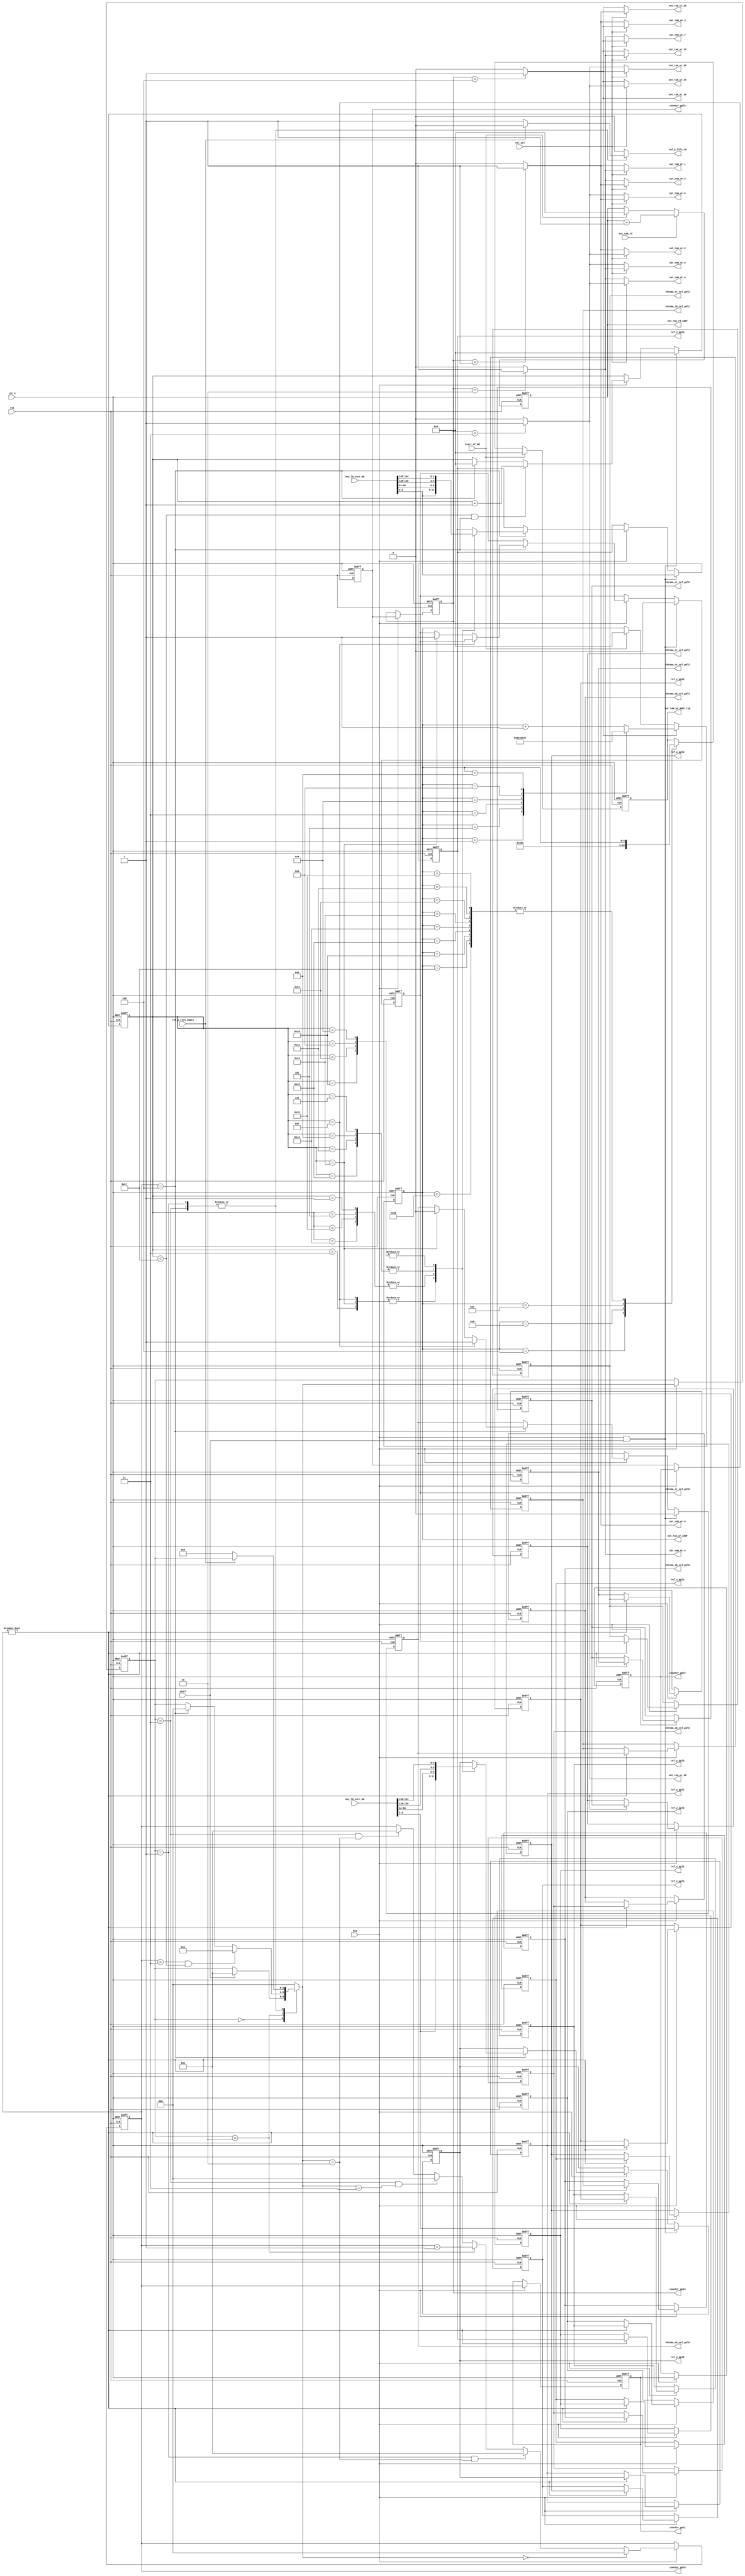
module inter_pred_fsm
(
	input  clk,
	input  rst_n,
	input  ena,

	input start,
	input start_of_MB,
	input col_sel,
	output reg out_ram_wr_0,
	output reg out_ram_wr_1,
	output reg out_ram_wr_2,
	output reg out_ram_wr_3,
	output reg out_ram_wr_4,
	output reg out_ram_wr_5,
	output reg out_ram_wr_6,
	output reg out_ram_wr_7,
	output reg out_ram_wr_8,
	output reg out_ram_wr_9,
	output reg out_ram_wr_10,
	output reg out_ram_wr_11,
	output reg out_ram_wr_12,
	output reg out_ram_wr_13,
	output reg out_ram_wr_14,
	output reg out_ram_wr_15,
	(* KEEP = "TRUE" *)(*mark_debug = "true"*)output reg [4:0] out_ram_wr_addr,
	(* KEEP = "TRUE" *)(*mark_debug = "true"*)output reg [4:0] out_ram_wr_addr_reg,
	(* KEEP = "TRUE" *)(*mark_debug = "true"*)output reg [4:0] out_ram_rd_addr,
	(* KEEP = "TRUE" *)(*mark_debug = "true"*)input out_ram_rd,

	(* KEEP = "TRUE" *)(*mark_debug = "true"*)input ref_p_fifo_empty,
	(* KEEP = "TRUE" *)(*mark_debug = "true"*)output reg ref_p_fifo_rd,
	
	input [255:0] mvx_l0_curr_mb,
	input [255:0] mvy_l0_curr_mb,  
	
	output reg [2:0] counter_ppl0,
	output reg [2:0] counter_ppl1,
	output reg [2:0] counter_ppl2,
	output reg [2:0] counter_ppl3,
	output reg [2:0] counter_ppl4,
	output reg [2:0] ref_x_ppl0,
	output reg [2:0] ref_x_ppl1,
	output reg [2:0] ref_x_ppl2,
	output reg [2:0] ref_x_ppl3,
	output reg [2:0] ref_x_ppl4,
	output reg [2:0] ref_y_ppl0,
	output reg [2:0] ref_y_ppl1,
	output reg [2:0] ref_y_ppl2,
	output reg [2:0] ref_y_ppl3,
	output reg [2:0] ref_y_ppl4,
	output reg chroma_cb_sel_ppl0,
	output reg chroma_cr_sel_ppl0,
	output reg chroma_cb_sel_ppl1,
	output reg chroma_cr_sel_ppl1,
	output reg chroma_cb_sel_ppl2,
	output reg chroma_cr_sel_ppl2,
	output reg chroma_cb_sel_ppl3,
	output reg chroma_cr_sel_ppl3,
	output reg chroma_cb_sel_ppl4,
	output reg chroma_cr_sel_ppl4
);

//FF
(* KEEP = "TRUE" *)(*mark_debug = "true"*)reg [2:0] state;
(* KEEP = "TRUE" *)(*mark_debug = "true"*)reg [4:0] blk4x4_counter_module;


reg [2:0] next_state;


always @(*)begin
	out_ram_wr_0 <= 1'b0;
	out_ram_wr_1 <= 1'b0;
	out_ram_wr_2 <= 1'b0;
	out_ram_wr_3 <= 1'b0;
	out_ram_wr_4 <= 1'b0;
	out_ram_wr_5 <= 1'b0;
	out_ram_wr_6 <= 1'b0;
	out_ram_wr_7 <= 1'b0;
	out_ram_wr_8 <= 1'b0;
	out_ram_wr_9 <= 1'b0;
	out_ram_wr_10 <= 1'b0;
	out_ram_wr_11 <= 1'b0;
	out_ram_wr_12 <= 1'b0;
	out_ram_wr_13 <= 1'b0;
	out_ram_wr_14 <= 1'b0;
	out_ram_wr_15 <= 1'b0;
	if (col_sel) begin
		if (counter_ppl4 == 1 ) begin
			out_ram_wr_0 <= 1'b1;
			out_ram_wr_4 <= 1'b1;
			out_ram_wr_8 <= 1'b1;
			out_ram_wr_12<= 1'b1;
		end
		if (counter_ppl4 == 2 ) begin
			out_ram_wr_1 <= 1'b1;
			out_ram_wr_5 <= 1'b1;
			out_ram_wr_9 <= 1'b1;
			out_ram_wr_13<= 1'b1;
		end
		if (counter_ppl4 == 3 ) begin
			out_ram_wr_2 <= 1'b1;
			out_ram_wr_6 <= 1'b1;
			out_ram_wr_10<= 1'b1;
			out_ram_wr_14<= 1'b1;
		end
		if (counter_ppl4 == 4 ) begin
			out_ram_wr_3 <= 1'b1;
			out_ram_wr_7 <= 1'b1;
			out_ram_wr_11<= 1'b1;
			out_ram_wr_15<= 1'b1;
		end
	end
	else begin
		if (counter_ppl4 == 1 ) begin
			out_ram_wr_0 <= 1'b1;
			out_ram_wr_1 <= 1'b1;
			out_ram_wr_2 <= 1'b1;
			out_ram_wr_3 <= 1'b1;
		end
		if (counter_ppl4 == 2 ) begin
			out_ram_wr_4 <= 1'b1;
			out_ram_wr_5 <= 1'b1;
			out_ram_wr_6 <= 1'b1;
			out_ram_wr_7 <= 1'b1;
		end
		if (counter_ppl4 == 3 ) begin
			out_ram_wr_8 <= 1'b1;
			out_ram_wr_9 <= 1'b1;
			out_ram_wr_10<= 1'b1;
			out_ram_wr_11<= 1'b1;
		end
		if (counter_ppl4 == 4 ) begin
			out_ram_wr_12<= 1'b1;
			out_ram_wr_13<= 1'b1;
			out_ram_wr_14<= 1'b1;
			out_ram_wr_15<= 1'b1;
		end
	end
end

always @(posedge clk or negedge rst_n)
if (~rst_n)
	out_ram_rd_addr <= 0;
else if (out_ram_rd)
	out_ram_rd_addr <= out_ram_rd_addr + 1'b1;
else if (start_of_MB)
	out_ram_rd_addr <= 0;

//0  1  4  5
//2  3  6  7
//8  9  12 13
//10 11 14 15
reg [4:0] next_out_ram_wr_addr;
always @(*) begin
	case(out_ram_wr_addr)
	1:next_out_ram_wr_addr <= 4;
	5:next_out_ram_wr_addr <= 2;
	3:next_out_ram_wr_addr <= 6;
	9:next_out_ram_wr_addr <= 12;
	13:next_out_ram_wr_addr <= 10;
	11:next_out_ram_wr_addr <= 14;
	default:next_out_ram_wr_addr <= out_ram_wr_addr + 1'b1;
	endcase
end

always @(posedge clk or negedge rst_n)
if (~rst_n)
	out_ram_wr_addr <= 0;
else if (out_ram_wr_15)
	out_ram_wr_addr <= next_out_ram_wr_addr;
else if (start_of_MB)
	out_ram_wr_addr <= 0;

always @(posedge clk or negedge rst_n)
if (~rst_n)
	out_ram_wr_addr_reg <= 0;
else if (start_of_MB)
	out_ram_wr_addr_reg <= 0;
else begin 
	case(out_ram_wr_addr)
	4:out_ram_wr_addr_reg <= 2;
	8:out_ram_wr_addr_reg <= 8;
	12:out_ram_wr_addr_reg <= 10;
	16,17,18,19,
	20,21,22,23,24:out_ram_wr_addr_reg <= out_ram_wr_addr;
	endcase
end

parameter
InterPredIdle = 0,
InterPredWaitFirstRefP = 1,
InterPredCalc = 2,
InterPredWaitRefP = 3;
//
//0  1  2  3
//4  5  6  7
//8  9 10 11
//12 13 14 15
//16 17
//18 19
always @(posedge clk or negedge rst_n)
if (~rst_n) begin
	blk4x4_counter_module <= 0;
	chroma_cb_sel_ppl0 <= 1'b0;
	chroma_cr_sel_ppl0 <= 1'b0;
	ref_x_ppl0 <= 0;
	ref_y_ppl0 <= 0;
end
else if (ena && start )begin
	blk4x4_counter_module <= 0;
	chroma_cb_sel_ppl0 <= 1'b0;
	chroma_cr_sel_ppl0 <= 1'b0;
	ref_x_ppl0 <= mvx_l0_curr_mb[2:0];
	ref_y_ppl0 <= mvy_l0_curr_mb[2:0];
end
else if(ena) begin
	if (blk4x4_counter_module < 23 &&  counter_ppl0 == 4) begin
		blk4x4_counter_module <= blk4x4_counter_module + 1'b1;
	end
	else if (counter_ppl0 == 4) begin
		blk4x4_counter_module <= 0;
	end
	if (counter_ppl0 == 4)begin
		if (blk4x4_counter_module == 15)
			chroma_cb_sel_ppl0 <= 1'b1;
		else if (blk4x4_counter_module == 19)begin
			chroma_cb_sel_ppl0 <= 1'b0;
			chroma_cr_sel_ppl0 <= 1'b1;
		end
		case(blk4x4_counter_module)
		3,15,19:begin
			ref_x_ppl0 <= mvx_l0_curr_mb[2:0];
			ref_y_ppl0 <= mvy_l0_curr_mb[2:0];
		end
		1,5,16,20:begin
			ref_x_ppl0 <= mvx_l0_curr_mb[66:64];
			ref_y_ppl0 <= mvy_l0_curr_mb[66:64];
		end
		7,11,17,21:begin
			ref_x_ppl0 <= mvx_l0_curr_mb[130:128];
			ref_y_ppl0 <= mvy_l0_curr_mb[130:128];
		end
		9,13,18,22:begin
			ref_x_ppl0 <= mvx_l0_curr_mb[194:192];
			ref_y_ppl0 <= mvy_l0_curr_mb[194:192];
		end
		endcase
	end
end

always @(*) begin
	ref_p_fifo_rd <= 0;
	next_state <= state;
	case (state)
	InterPredIdle: begin
		if (start)
			next_state <= InterPredWaitFirstRefP;
	end
	InterPredWaitFirstRefP:begin
		if (~ref_p_fifo_empty) begin
			next_state <= InterPredCalc;
			ref_p_fifo_rd <= 1;
		end
	end
	InterPredCalc: begin
		if (counter_ppl0 == 3 && blk4x4_counter_module < 23)
			next_state <= InterPredWaitRefP;
		else if (counter_ppl0 == 4)
			next_state <= InterPredIdle;
	end
	InterPredWaitRefP:begin
		if (~ref_p_fifo_empty) begin
			next_state <= InterPredCalc;
			ref_p_fifo_rd <= 1;
		end
	end
	default: next_state <= InterPredIdle;
	endcase
end

always @(posedge clk or negedge rst_n)
if (!rst_n) begin
	state <= InterPredIdle;
end
else if (ena) begin
	state <= next_state;
end


parameter
FifoIdle = 0,
FifoWait = 1,
FifoRd = 2;

always @(posedge clk or negedge rst_n)
if (~rst_n) begin
	counter_ppl0 <= 0;
end
else if (ena) begin
	if (next_state == InterPredIdle) begin
		counter_ppl0 <= 0;
	end
	else if (state == InterPredWaitFirstRefP && next_state == InterPredCalc) begin
		counter_ppl0 <= 3'd1;
	end
	else if (state == InterPredCalc) begin
		counter_ppl0 <= counter_ppl0 + 1'b1;
	end
	else if (state == InterPredWaitRefP && next_state == InterPredWaitRefP) begin
		counter_ppl0 <= 3'd0;
	end
	else if (state == InterPredWaitRefP && next_state == InterPredCalc) begin
		counter_ppl0 <= 3'd1;
	end
end

always @(posedge clk or negedge rst_n)
if (~rst_n) begin
	counter_ppl1 <= 0;
	counter_ppl2 <= 0;
	counter_ppl3 <= 0;
	counter_ppl4 <= 0;
	ref_x_ppl1 <= 0;
	ref_x_ppl2 <= 0;
	ref_x_ppl3 <= 0;
	ref_x_ppl4 <= 0;
	ref_y_ppl1 <= 0;
	ref_y_ppl2 <= 0;
	ref_y_ppl3 <= 0;
	ref_y_ppl4 <= 0;
	chroma_cb_sel_ppl1 <= 0;
	chroma_cr_sel_ppl1 <= 0;
	chroma_cb_sel_ppl2 <= 0;
	chroma_cr_sel_ppl2 <= 0;
	chroma_cb_sel_ppl3 <= 0;
	chroma_cr_sel_ppl3 <= 0;
	chroma_cb_sel_ppl4 <= 0;
	chroma_cr_sel_ppl4 <= 0;
end
else if (ena) begin 
	counter_ppl1 <= counter_ppl0;
	counter_ppl2 <= counter_ppl1;
	counter_ppl3 <= counter_ppl2;
	counter_ppl4 <= counter_ppl3;
	if (counter_ppl0 != 0)begin
		ref_x_ppl1 <= ref_x_ppl0;
		ref_x_ppl2 <= ref_x_ppl1;
		ref_x_ppl3 <= ref_x_ppl2;
		ref_x_ppl4 <= ref_x_ppl3;
		ref_y_ppl1 <= ref_y_ppl0;
		ref_y_ppl2 <= ref_y_ppl1;
		ref_y_ppl3 <= ref_y_ppl2;
		ref_y_ppl4 <= ref_y_ppl3;
		chroma_cb_sel_ppl1 <= chroma_cb_sel_ppl0;
		chroma_cb_sel_ppl2 <= chroma_cb_sel_ppl1;
		chroma_cb_sel_ppl3 <= chroma_cb_sel_ppl2;
		chroma_cb_sel_ppl4 <= chroma_cb_sel_ppl3;
		chroma_cr_sel_ppl1 <= chroma_cr_sel_ppl0;
		chroma_cr_sel_ppl2 <= chroma_cr_sel_ppl1;
		chroma_cr_sel_ppl3 <= chroma_cr_sel_ppl2;
		chroma_cr_sel_ppl4 <= chroma_cr_sel_ppl3;
	end
end

endmodule